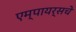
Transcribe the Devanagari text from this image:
एम्पायर्सचे